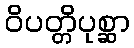
ဝိပတ္တိပုစ္ဆာ